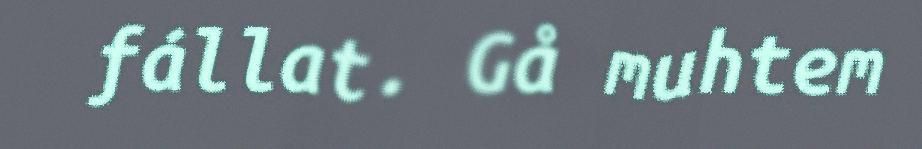
fállat. Gå muhtem